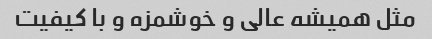
مثل همیشه عالی و خوشمزه و با کیفیت